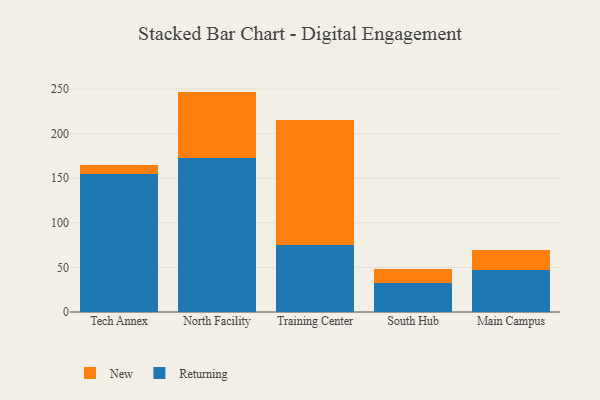
{"axis": {"x": "Campus", "y": "Bounce Rate (%)"}, "legend": ["New", "Returning"], "data": [{"x": "Tech Annex", "y": 154.2, "type": "Returning"}, {"x": "Tech Annex", "y": 10.4, "type": "New"}, {"x": "North Facility", "y": 173.2, "type": "Returning"}, {"x": "North Facility", "y": 73.9, "type": "New"}, {"x": "Training Center", "y": 74.8, "type": "Returning"}, {"x": "Training Center", "y": 140.9, "type": "New"}, {"x": "South Hub", "y": 32.2, "type": "Returning"}, {"x": "South Hub", "y": 15.9, "type": "New"}, {"x": "Main Campus", "y": 47.0, "type": "Returning"}, {"x": "Main Campus", "y": 22.6, "type": "New"}]}